Lunatic asylums in Bengal annual reports 1888-1898 - 1888-1898
Year: 1888
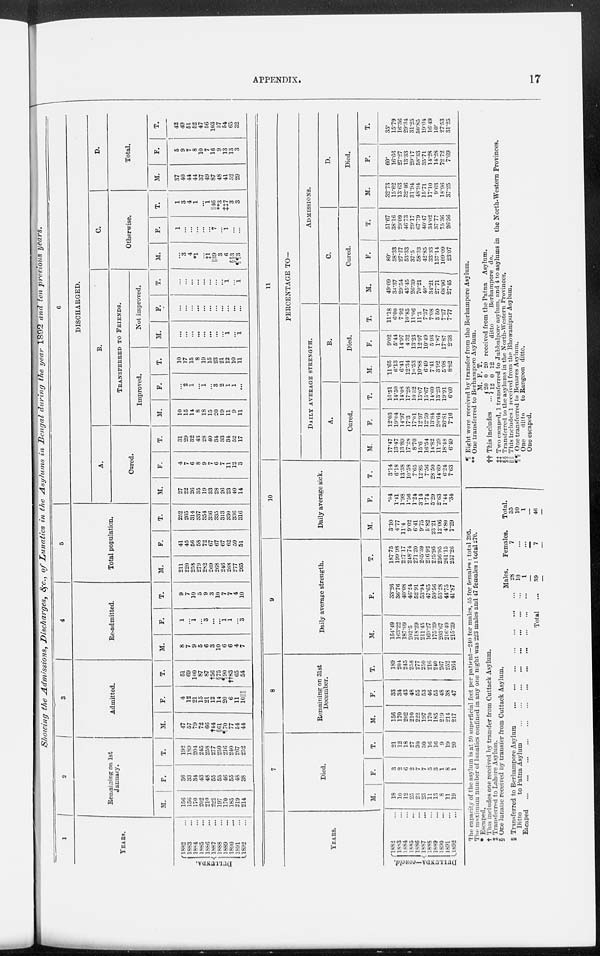
APPENDIX.
17
Showing the Admissions,
Discharges, &c., of Lunatics in the Asylums in Bengal during the year 1892 and ten previous
years.
1
YEARS.
DULLUNDA.
1882 ...
1883 ...
1884 ...
1885 ...
1886 ...
1887 ...
1888 ...
1889 ...
1890
...
1891 ...
1892 ...
2
Remaining on 1st
January.
M.
156
156
170
202
210
222
197
170
185
219
214
F.
36
33
34
43
48
55
53
46
55
48
38
T.
192
189
204
245
258
277
250
216
240
267
252
3
Admitted.
M.
47
57
79
72
66
†44
§61
¶70
77
54
44
F.
4
12
21
15
21
12
14
20
6
11
10|| ||
T.
51
69
100
87
87
†56
§75
¶90
††83
65
54
4
Re-admitted.
M.
8
7
9
5
6
3
10
6
6
4
7
F.
1
...
1
...
3
...
...
1
1
...
3
T.
9
7
10
5
9
3
10
7
7
4
10
5
Total population.
M.
211
220
258
279
282
269
268
246
268
277
265
F.
41
45
56
58
72
67
67
67
62
59
51
T.
252
265
314
337
354
336
335
313
330
336
316
6
DISCHARGED.
A.
Cured.
M.
27
22
26
35
19
33
28
26
23
40
14
F.
4
7
6
8
9
7
6
7
11
12
3
T.
31
29
32
43
28
40
34
33
34
52
17
B.
TRANSFERRED TO FRIENDS.
Improved.
M.
10
15
14
8
18
15
20
19
11
9
11
F.
...
2
1
...
1
...
3
2
1
1
...
T.
10
17
15
8
19
15
23
21
12
10
11
Not improved.
M.
...
...
...
...
...
...
...
...
1
...
1
F.
...
...
...
...
...
...
...
...
...
...
...
T.
...
...
...
...
...
...
...
...
1
...
1
C.
Otherwise.
M.
...
3
4
*1
...
‡1
||39
3
6
§§3
¶¶3
F.
1
...
...
...
...
...
7
...
1
...
...
T.
1
3
4
1
...
1
||46
**3
‡‡7
3
3
D.
Total.
M.
37
40
44
44
37
49
87
48
41
52
29
F.
5
9
7
8
10
7
16
9
13
13
3
T.
42
49
51
52
47
56
103
57
54
65
32
YEARS.
DULLUNDA—concld.
1882 ...
1883 ...
1884 ...
1885 ...
1886 ...
1887 ...
1888 ...
1889 ...
1890 ...
1891 ...
1892 ...
7
Died.
M.
18
10
12
25
23
23
11
13
8
11
19
F.
3
2
6
2
7
7
5
3
1
8
1
T.
21
12
18
27
30
30
16
16
9
19
20
8
Remaining on 31st
December.
M.
156
170
202
210
222
197
170
185
219
214
217
F.
33
34
43
48
55
53
40
55
48
38
47
T.
189
204
245
258
277
250
216
240
267
252
264
9
Daily average strength.
M.
154.49
163.22
187.09
202.5
218.29
211.45
169.27
175.39
203.67
216.40
215.39
F.
33.26
36.76
40.08
46.24
52.91
53.94
47.65
50.56
53.28
44.75
41.87
T.
187.75
199.98
227.17
248.74
271.20
265.39
216.92
225.95
256.95
261.15
257.26
10
Daily average sick.
M.
3.10
4.77
11.4
9.02
6.41
9.75
5.82
23.21
12.06
4.80
7.29
F.
.04
1.41
1.98
1.56
1.24
3.14
1.74
5.29
2.63
1.44
.34
T.
3.14
6.18
13.38
10.58
7.65
12.89
7.56
28.50
14.69
6.24
7.63
11
PERCENTAGE TO—
DAILY AVERAGE STRENGTH.
A.
Cured.
M.
17.47
13.47
13.89
17.28
8.70
15.6
16.54
14.82
11.29
18.48
6.49
F.
12.03
19.04
14.97
17.3
17.01
12.97
12.59
13.84
20.64
26.81
7.16
T.
16.51
14.50
14.08
17.28
10.32
15.07
15.67
14.60
13.23
19.91
6.60
B.
Died.
M.
11.65
6.13
6.41
12.34
10.53
10.88
6.49
7.41
3.92
5.08
8.82
F.
9.02
5.44
14.97
4.32
13.23
12.97
10.49
5.93
1.87
17.87
2.38
T.
11.18
6.00
7.92
10.85
11.06
11.3
7.37
7.08
3.50
7.27
7.77
ADMISSIONS.
C.
Cured.
M.
49.09
34.37
29.54
45.45
26.39
70.21
40.
34.21
27.71
68.96
27.45
F.
80.
58.33
27.27
53.33
37.5
58.33
42.85
33.33
157.14
109.09
23.07
T.
51.67
38.16
29.09
40.73
29.17
67.79
40.47
34.02
37.77
75.30
26.56
D.
Died.
M.
32.73
15.62
13.63
32.46
31.94
48.94
15.71
17.10
9.63
18.96
37.25
F.
60.
16.66
27.27
13.33
29.17
58.33
35.71
14.28
14.28
72.72
7.69
T.
35.
15.79
16.36
29.34
31.25
50.85
19.04
16.49
10.
27.53
31.25
The capacity of the asylum is at 50 superficial feet per patient—240 for males, 55 for females : total 295.
The maximum number of lunatics confined in any one night was 223 males and 47 females : total 270.
* Escaped.
† This includes one received by transfer from Cuttack Asylum.
‡ Transferred to Lahore Asylum.
§ One lunatic received by transfer from Cuttack Asylum.
|| Transferred to Berhampore Asylum
...
...
...
...
...
...
...
Ditto
to Patna Asylum
...
...
...
...
...
...
...
...
Escaped
...
...
...
...
...
...
...
...
...
...
...
...
Total ...
Males.
28
10
1
39
Females.
7
... ...
7
Total.
35
10
1
46
¶ Eight were received by transfer from the Berhampore Asylum.
** One transferred to Berhampore Asylum.
†† This includes
...
M.
20
12
F.
0
0
T.
20
12
received from the Patna Asylum.
ditto
Berhampore do.
‡‡ Two escaped, 1 transferred to Jubbulpore asylum, and 4 to asylums in the North-Western Provinces.
§§ Transferred to the asylums in the North-Western Provinces.
|| || This includes 1 received from the Bhowanipur Asylum.
¶ ¶ One transferred to Benares Asylum.
One
ditto
to Rangoon ditto.
One escaped.